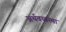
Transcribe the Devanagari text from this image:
अर्थवय्वस्था